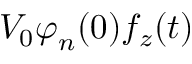
V _ { 0 } \boldsymbol { \varphi } _ { n } ( 0 ) f _ { z } ( t )